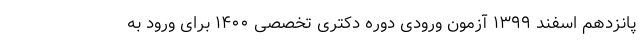
پانزدهم اسفند ۱۳۹۹ آزمون ورودی دوره دکتری تخصصی ۱۴۰۰ برای ورود به